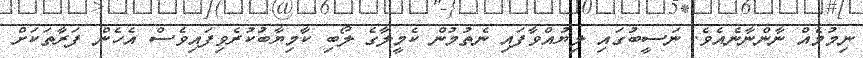
ނިމުމެއް ނާންނާނެއެވެ. ނަސީބުގައި ލިޔުއްވާފައި ނެތުމުން ކެމީލާގެ ލޯބި ކާމިޔާބުކުރެވިފައިވެސް އެހެން ފަރާތަކަށް